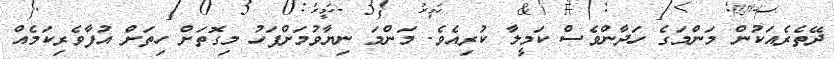
ދޭތެރެއަކުން މަންމަގެ ހަދާންވެސް ކަމީލާ ކުރިއެވެ. މަންމަ ނިޔާވުމަށްފަހު މިގޮތަށް ހިތަށް އުފާވެރިކަމެއް